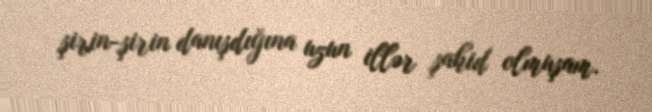
şirin-şirin danışdığına uzun illər şahid olmuşam.